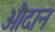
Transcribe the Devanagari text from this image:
औदान